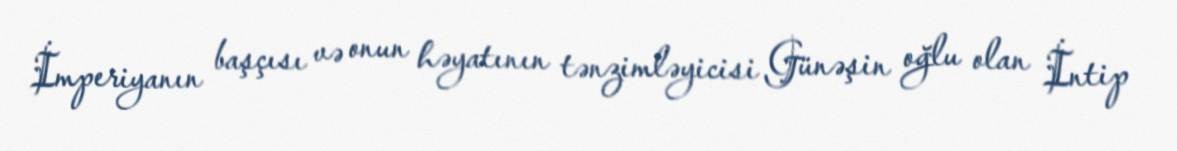
İmperiyanın başçısı və onun həyatının tənzimləyicisi Günəşin oğlu olan İntip